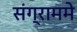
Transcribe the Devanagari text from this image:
संग्राममे